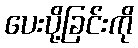
ပေးပို့ခြင်းကို